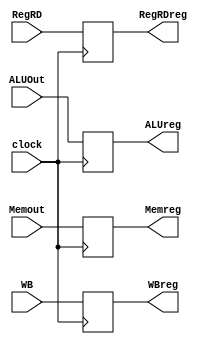
module MEM_WB(clock,WB,Memout,ALUOut,RegRD,WBreg,Memreg,ALUreg,RegRDreg);
input clock;
input [1:0] WB;
input [4:0] RegRD;
input [31:0] Memout,ALUOut;
output [1:0] WBreg;
output [31:0] Memreg,ALUreg;
output [4:0] RegRDreg;
reg [1:0] WBreg;
reg [31:0] Memreg,ALUreg;
reg [4:0] RegRDreg;
initial begin
WBreg = 0;
Memreg = 0;
ALUreg = 0;
RegRDreg = 0;
end
always@(posedge clock)
begin
WBreg <= WB;
Memreg <= Memout;
ALUreg <= ALUOut;
RegRDreg <= RegRD;
end
endmodule